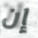
إن